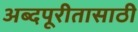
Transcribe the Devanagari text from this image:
अब्दपूरीतासाठी